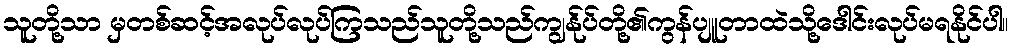
သူတို့သာ မှတစ်ဆင့်အလုပ်လုပ်ကြသည်သူတို့သည်ကျွန်ုပ်တို့၏ကွန်ပျူတာထဲသို့ဒေါင်းလုပ်မရနိုင်ပါ။